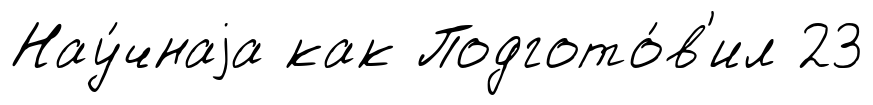
Нау́чнаjа как Подгото́в'ил 23